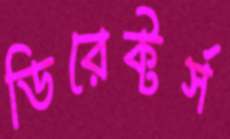
ডিরেক্টর্স